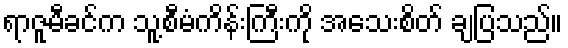
ရာဇူမီခင်က သူ့စီမံကိန်းကြီးကို အသေးစိတ် ချပြသည်။